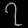
Digit: ၇